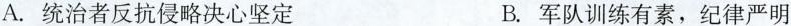
A.统治者反抗侵略决心坚定 B.军队训练有素，纪律严明